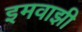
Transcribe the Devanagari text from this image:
इमवाझी